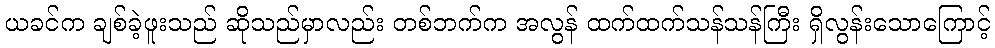
ယခင်က ချစ်ခဲ့ဖူးသည် ဆိုသည်မှာလည်း တစ်ဘက်က အလွန် ထက်ထက်သန်သန်ကြီး ရှိလွန်းသောကြောင့်